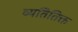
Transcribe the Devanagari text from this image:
व्यतितिक्त